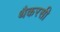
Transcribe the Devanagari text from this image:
थैकरसी